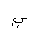
Letter: _ya